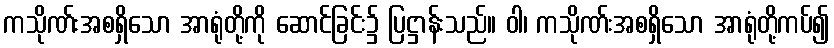
ကသိုဏ်းအစရှိသော အာရုံတို့ကို ဆောင်ခြင်း၌ ပြဋ္ဌာန်းသည်။ ဝါ၊ ကသိုဏ်းအစရှိသော အာရုံတို့ကပ်၍